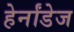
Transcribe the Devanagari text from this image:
हेर्नांडेज